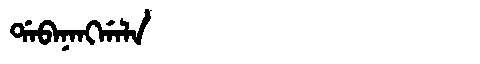
Manchu: ᡩᠠᠪᠠᠨᠠᠩᡤᠠᠯᠠ
Romanization: DABANANGGALA